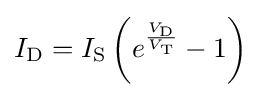
I_{\text{D}}=I_{\text{S}}\left(e^{\frac {V_{\text{D}}}{V_{\text{T}}}}-1\right)